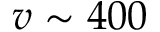
v \sim 4 0 0